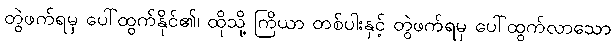
တွဲဖက်ရမှ ပေါ်ထွက်နိုင်၏၊ ထိုသို့ ကြိယာ တစ်ပါးနှင့် တွဲဖက်ရမှ ပေါ်ထွက်လာသော